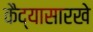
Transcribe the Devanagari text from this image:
कैद्यासारखे